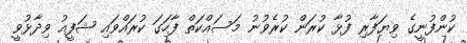
ކުންފުނީގެ ވިޔަފާރި ފުޅާ ކުރަން ކުރެވުނު މަސައްކަތް ފާހަގަ ކުރައްވައި ޝަފީއު ވިދާޅުވީ